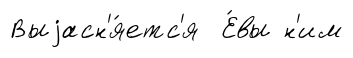
Выjасн'я́етс'я Е́вы н'им